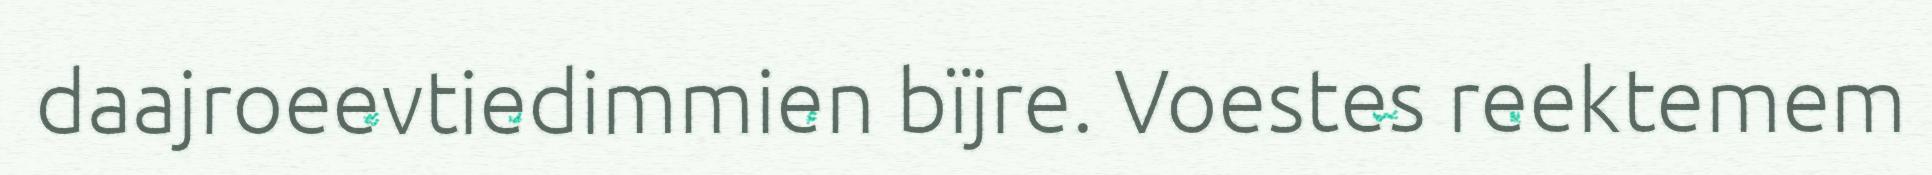
daajroeevtiedimmien bïjre. Voestes reektemem